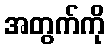
အတွက်ကို